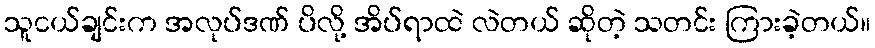
သူငယ်ချင်းက အလုပ်ဒဏ် ပိလို့ အိပ်ရာထဲ လဲတယ် ဆိုတဲ့ သတင်း ကြားခဲ့တယ်။